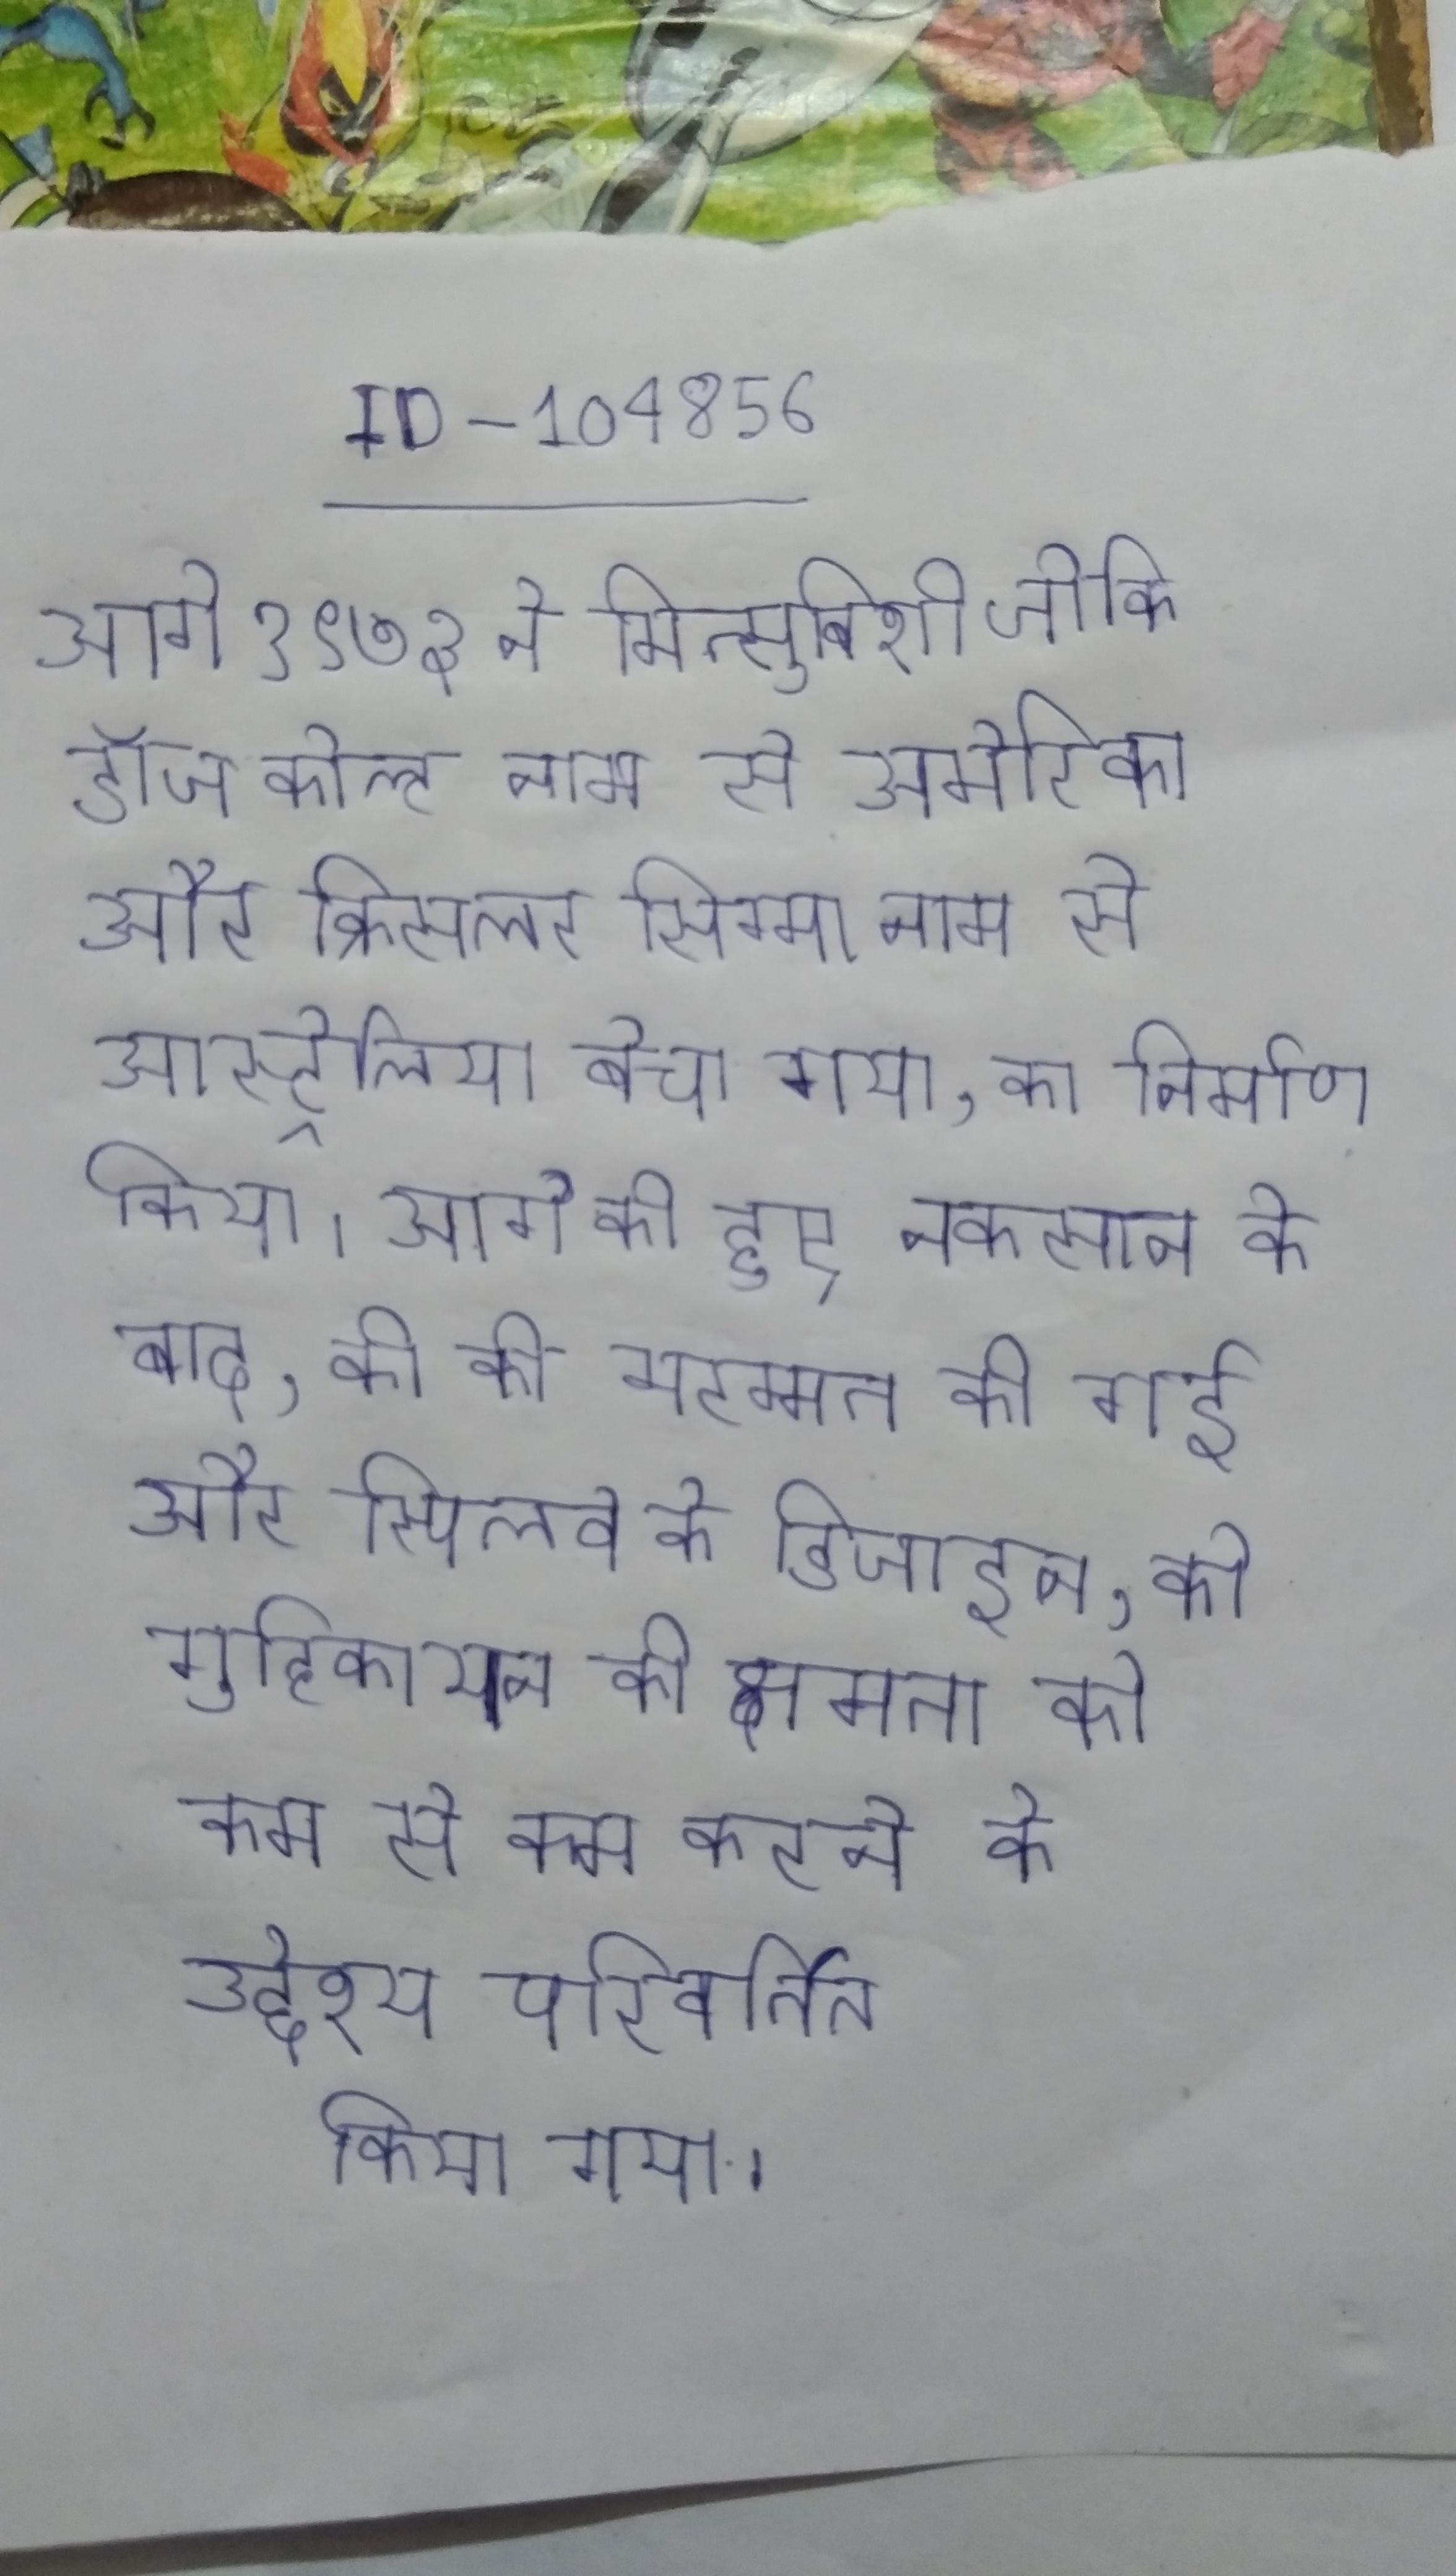
आगे १९७३ ने मित्सुबिशी जोकि डॉज कोल्ट नाम से अमेरिका और क्रिसलर सिग्मा नाम से आस्ट्रेलिया बेचा गया, का निर्माण किया । आगे की हुए नुकसान के बाद, की की मरम्मत की गई और स्पिलवे के डिजाइन, को गुहिकायन की क्षमता को कम से कम करने के उद्देश्य परिवर्तित किया गया .